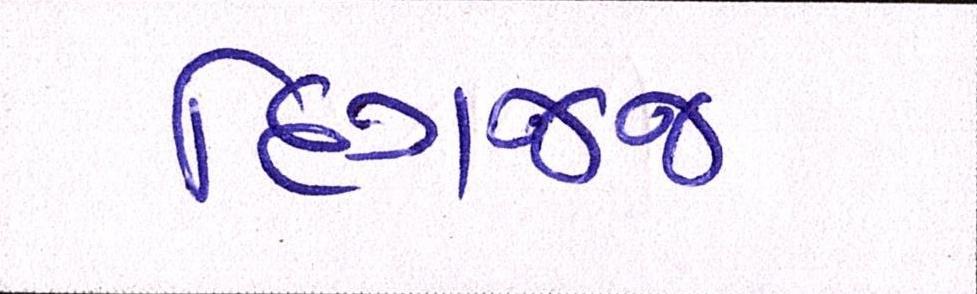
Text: દિગજ્જ